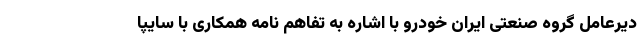
دیرعامل گروه صنعتی ایران خودرو با اشاره به تفاهم نامه همکاری با سايپا